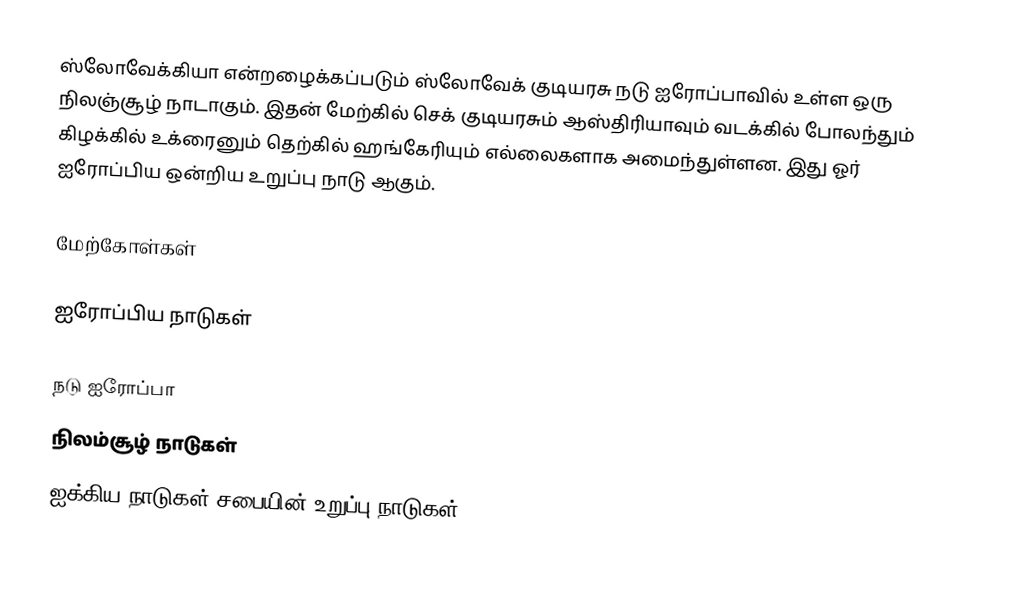
ஸ்லோவேக்கியா என்றழைக்கப்படும் ஸ்லோவேக் குடியரசு நடு ஐரோப்பாவில் உள்ள ஒரு நிலஞ்சூழ் நாடாகும். இதன் மேற்கில் செக் குடியரசும் ஆஸ்திரியாவும் வடக்கில் போலந்தும் கிழக்கில் உக்ரைனும் தெற்கில் ஹங்கேரியும் எல்லைகளாக அமைந்துள்ளன. இது ஓர் ஐரோப்பிய ஒன்றிய உறுப்பு நாடு ஆகும்.

மேற்கோள்கள்

ஐரோப்பிய நாடுகள்

நடு ஐரோப்பா
நிலம்சூழ் நாடுகள்
ஐக்கிய நாடுகள் சபையின் உறுப்பு நாடுகள்